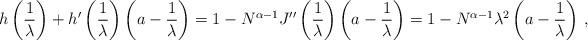
LaTeX: \begin{align*} h\left(\frac 1\lambda\right) +h'\left(\frac 1\lambda\right)\left(a-\frac 1\lambda\right)&= 1-N^{\alpha-1}J''\left(\frac 1\lambda\right)\left(a-\frac 1\lambda\right)=1-N^{\alpha-1}\lambda^2\left(a-\frac 1\lambda\right)\,,\end{align*}